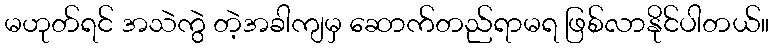
မဟုတ်ရင် အသဲကွဲ တဲ့အခါကျမှ ဆောက်တည်ရာမရ ဖြစ်လာနိုင်ပါတယ်။